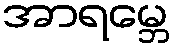
အာရမ္ဘေ